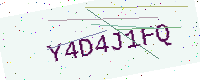
Text: Y4D4J1FQ